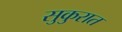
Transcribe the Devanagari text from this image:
सुकुरात